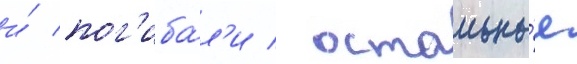
и́ пог'иба́л'и / остальны́е